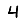
Digit: 4